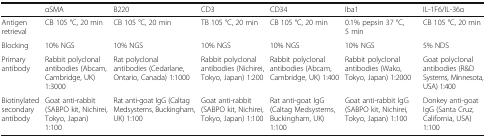
|  | αSMA | B220 | CD3 | CD34 | Iba1 | IL-1F6/IL-36α |
 | --- | --- | --- | --- | --- | --- | --- |
 | Antigen retrieval | CB 105 °C, 20 min | CB 105 °C, 20 min | TB 105 °C, 20 min | CB 105 °C, 20 min | 0.1% pepsin 37 °C, 5 min | CB 105 °C, 20 min |
 | Blocking | 10% NGS | 10% NGS | 10% NGS | 10% NGS | 10% NGS | 5% NDS |
 | Primary antibody | Rabbit polyclonal antibodies (Abcam, Cambridge, UK) 1:3000 | Rat polyclonal antibodies (Cedarlane, Ontario, Canada) 1:1000 | Rabbit polyclonal antibodies (Nichirei, Tokyo, Japan) 1:200 | Rabbit polyclonal antibodies (Abcam, Cambridge, UK) 1:400 | Rabbit polyclonal antibodies (Wako, Tokyo, Japan) 1:2000 | Goat polyclonal antibodies (R&D Systems, Minnesota, USA) 1:400 |
 | Biotinylated secondary antibody | Goat anti-rabbit (SABPO kit, Nichirei, Tokyo, Japan) 1:100 | Rat anti-goat IgG (Caltag Medsystems, Buckingham, UK) 1:100 | Goat anti-rabbit (SABPO kit, Nichirei, Tokyo, Japan) 1:100 | Rat anti-goat IgG (Caltag Medsystems, Buckingham, UK) 1:100 | Goat anti-rabbit IgG (SABPO kit, Nichirei, Tokyo, Japan) 1:100 | Donkey anti-goat IgG (Santa Cruz, California, USA) 1:100 |